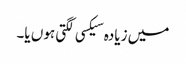
میں زیادہ سیکسی لگتی ہوں یا۔